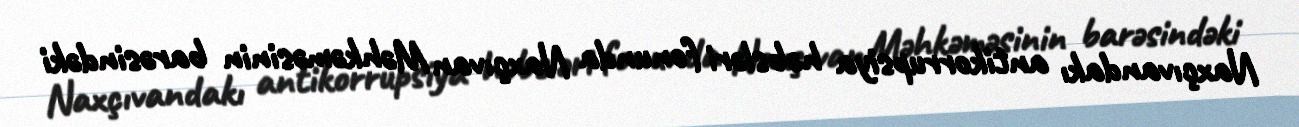
Naxçıvandakı antikorrupsiya həbsləri fonunda Naxçıvan Məhkəməsinin barəsindəki